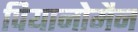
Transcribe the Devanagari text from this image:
पियानोमैन